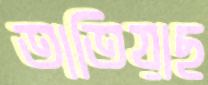
তাতিয়াছ